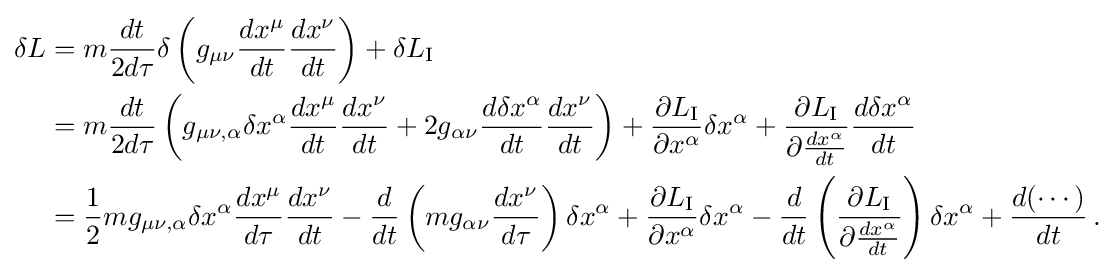
{\begin{aligned}\delta L&=m{\frac {dt}{2d\tau }}\delta \left(g_{\mu \nu }{\frac {dx^{\mu }}{dt}}{\frac {dx^{\nu }}{dt}}\right)+\delta L_{\text{I}}\\&=m{\frac {dt}{2d\tau }}\left(g_{\mu \nu ,\alpha }\delta x^{\alpha }{\frac {dx^{\mu }}{dt}}{\frac {dx^{\nu }}{dt}}+2g_{\alpha \nu }{\frac {d\delta x^{\alpha }}{dt}}{\frac {dx^{\nu }}{dt}}\right)+{\frac {\partial L_{\text{I}}}{\partial x^{\alpha }}}\delta x^{\alpha }+{\frac {\partial L_{\text{I}}}{\partial {\frac {dx^{\alpha }}{dt}}}}{\frac {d\delta x^{\alpha }}{dt}}\\&={\frac {1}{2}}mg_{\mu \nu ,\alpha }\delta x^{\alpha }{\frac {dx^{\mu }}{d\tau }}{\frac {dx^{\nu }}{dt}}-{\frac {d}{dt}}\left(mg_{\alpha \nu }{\frac {dx^{\nu }}{d\tau }}\right)\delta x^{\alpha }+{\frac {\partial L_{\text{I}}}{\partial x^{\alpha }}}\delta x^{\alpha }-{\frac {d}{dt}}\left({\frac {\partial L_{\text{I}}}{\partial {\frac {dx^{\alpha }}{dt}}}}\right)\delta x^{\alpha }+{\frac {d(\cdots )}{dt}}\,.\end{aligned}}